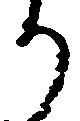
り